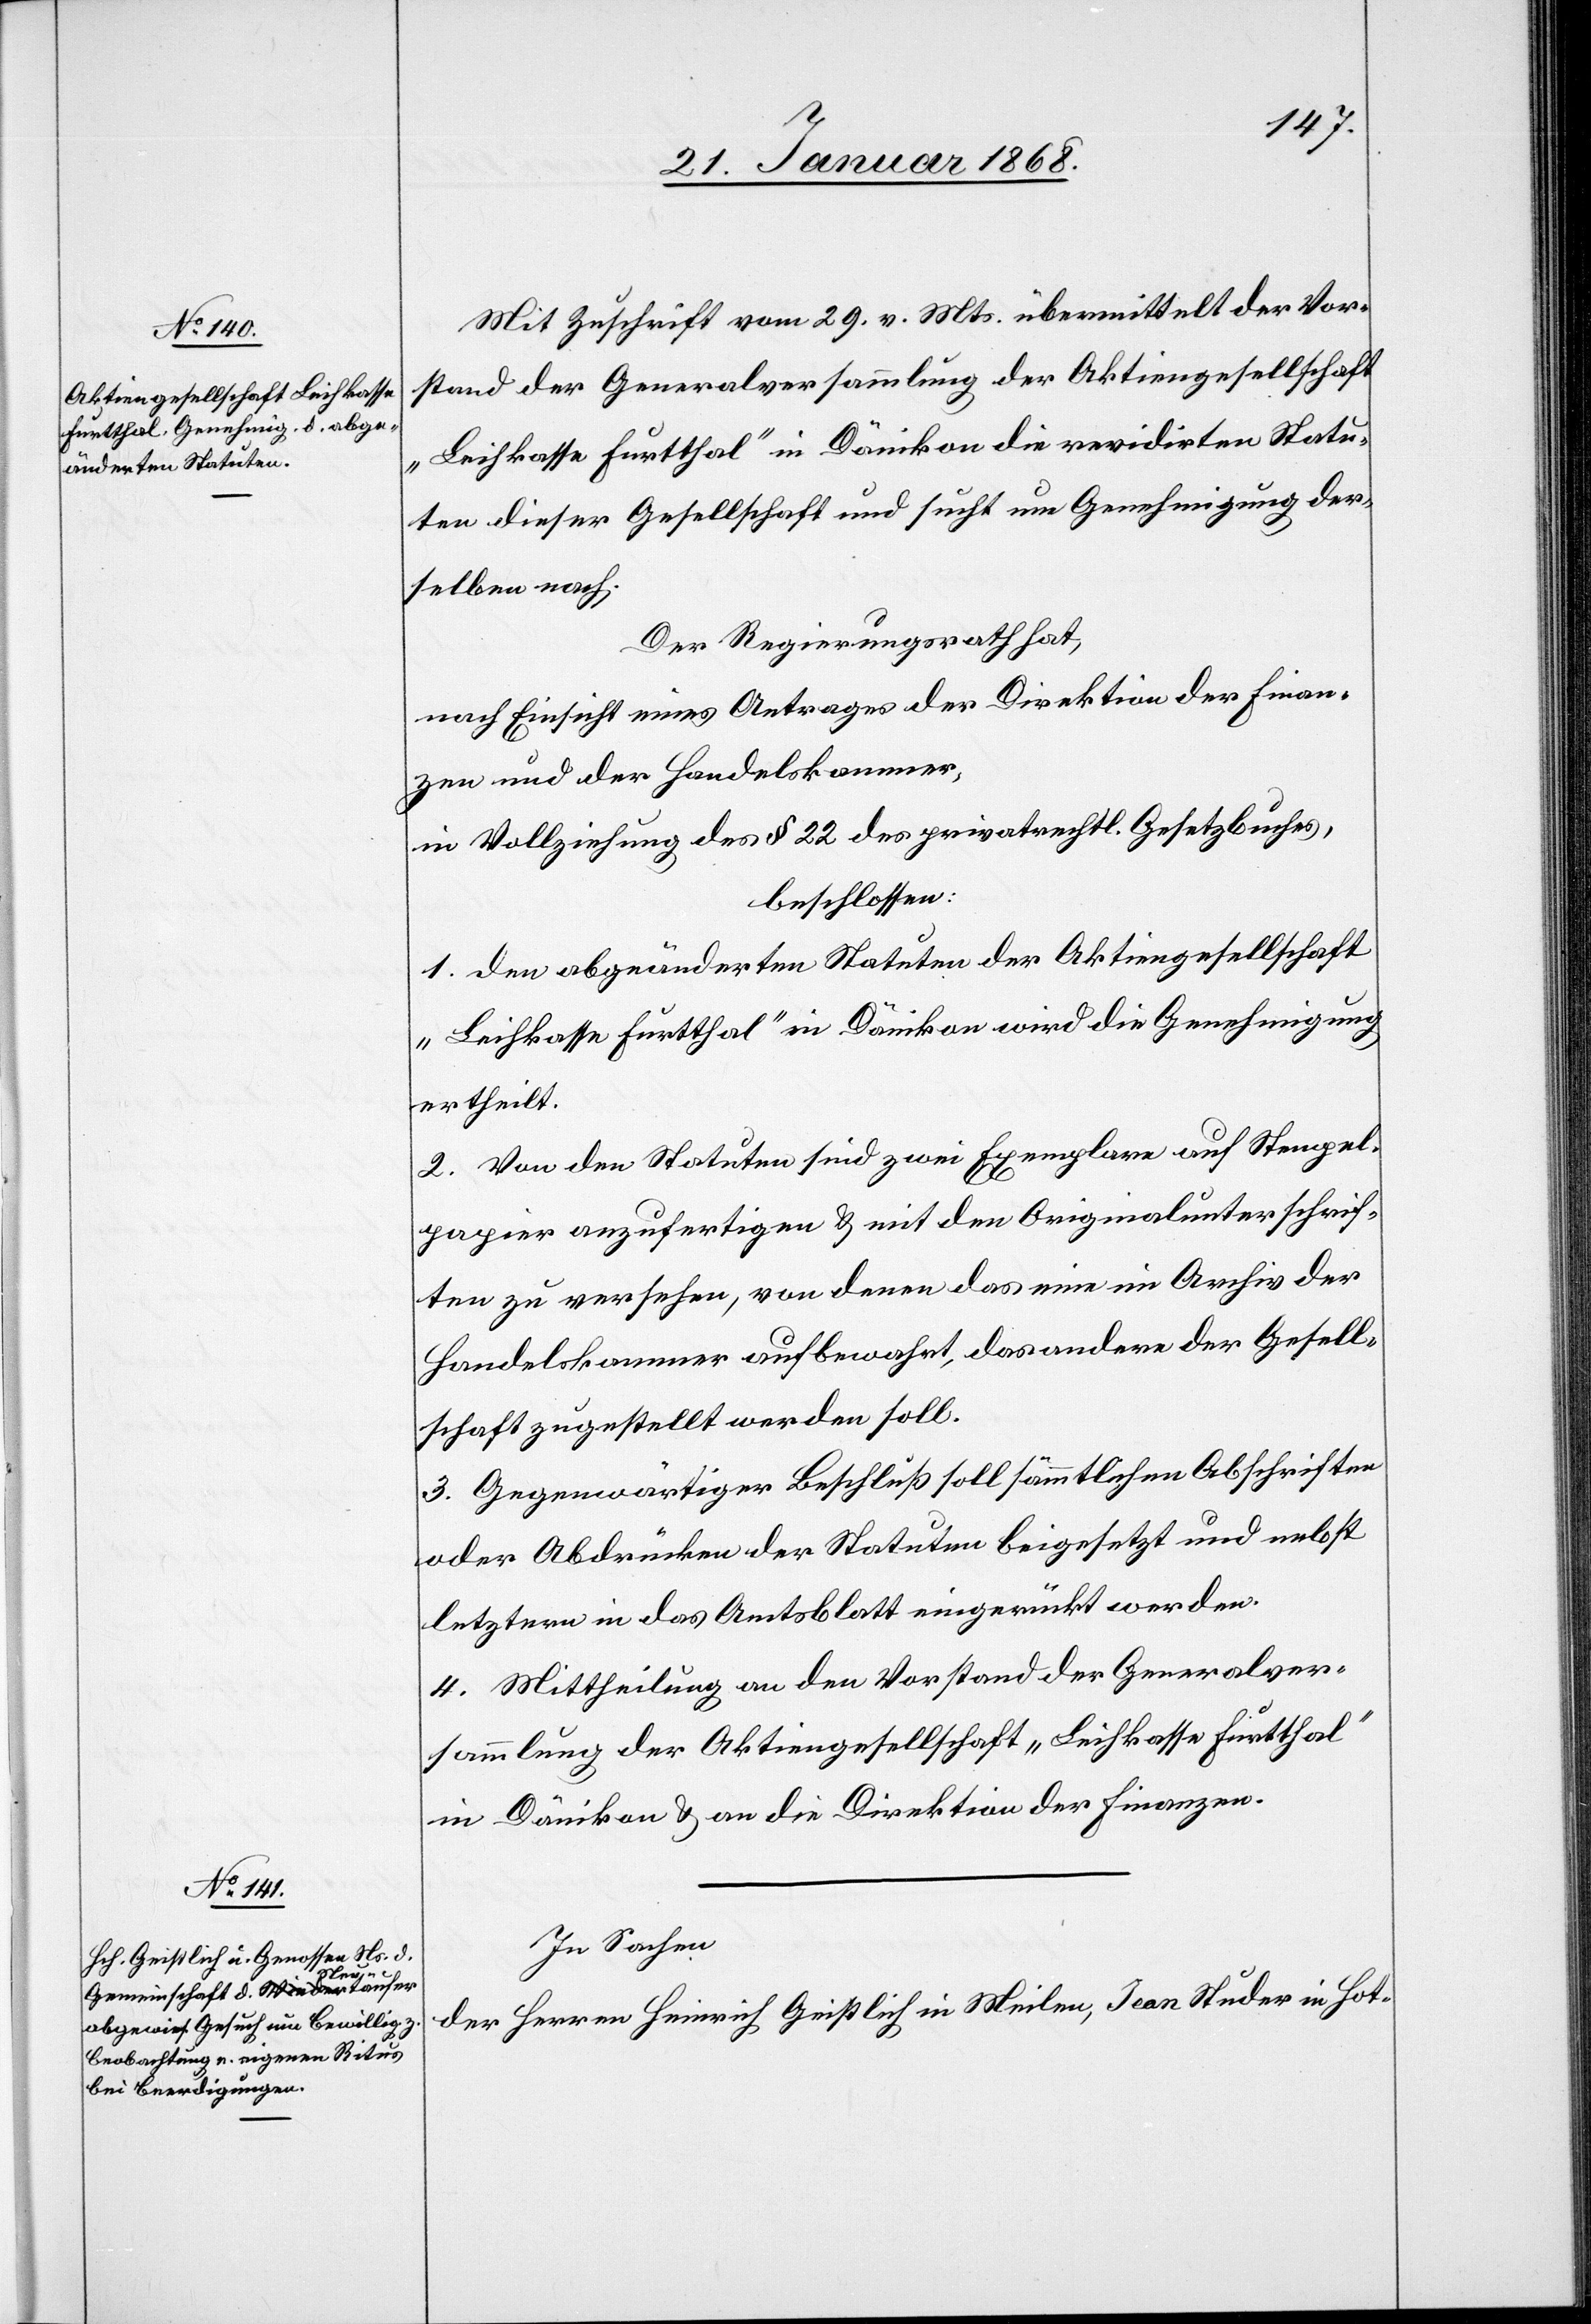
Mit Zuschrift vom 29. v. Mts. übermittelt der Vor¬
stand der Generalversammlung der Aktiengesellschaft
„Leihkasse Furtthal“ in Dänikon die revidirten Statu¬
ten dieser Gesellschaft und sucht um Genehmigung der¬
selben nach.
Der Regierungsrath hat,
nach Einsicht eines Antrages der Direktion der Finan¬
zen und der Handelskammer,
in Vollziehung des § 22 des privatrechtl. Gesetzbuches,
beschlossen:
1. Den abgeänderten Statuten der Aktiengesellschaft
„Leihkasse Furtthal“ in Dänikon wird die Genehmigung
ertheilt.
2. Von den Statuten sind zwei Exemplare auf Stempel¬
papier anzufertigen & mit den Originalunterschrif¬
ten zu versehen, von denen das eine im Archiv der
Handelskammer aufbewahrt, das andere der Gesell¬
schaft zugestellt werden soll.
3. Gegenwärtiger Beschluß soll sämmtlichen Abschriften
oder Abdrücken der Statuten beigesetzt und nebst
letztern in das Amtsblatt eingerückt werden.
4. Mittheilung an den Vorstand der Generalver¬
sammlung der Aktiengesellschaft „Leihkasse Furtthal“
in Dänikon & an die Direktion der Finanzen.
In Sachen
der Herren Heinrich Geistlich in Meilen, Jean Studer in Hot-